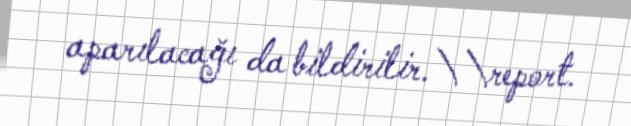
aparılacağı da bildirilir.\\report.